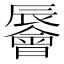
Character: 䢈